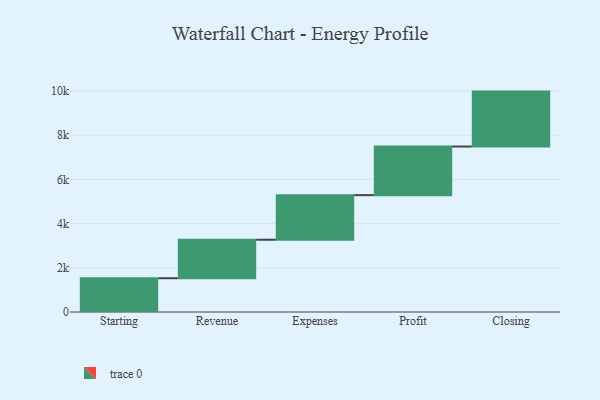
{"axis": {"x": "Step", "y": "Value"}, "legend": [""], "data": [{"x": "Starting", "y": 1528.0, "type": ""}, {"x": "Revenue", "y": 1741.0, "type": ""}, {"x": "Expenses", "y": 2018.0, "type": ""}, {"x": "Profit", "y": 2199.0, "type": ""}, {"x": "Closing", "y": 2485.0, "type": ""}]}